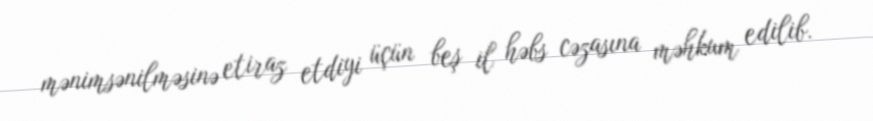
mənimsənilməsinə etiraz etdiyi üçün beş il həbs cəzasına məhkum edilib.